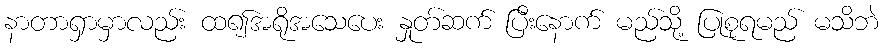
နာတာရှာမှာလည်း ထ၍အရိုအသေပေး နှုတ်ဆက် ပြီးနောက် မည်သို့ ပြုစုရမည် မသိဘဲ